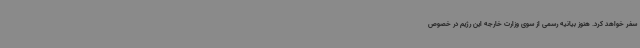
سفر خواهد کرد. هنوز بیانیه رسمی از سوی وزارت خارجه این رژیم در خصوص